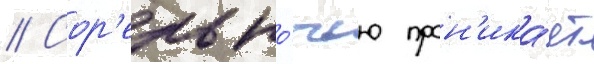
// Сор'ель но́чью прон'ика́ет